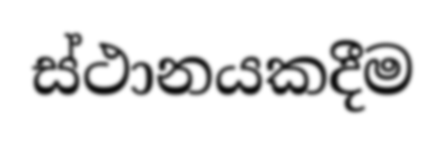
ස්ථානයකදීම